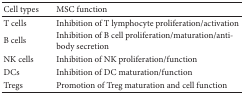
<table><thead><tr><td><b>Cell types</b></td><td><b>MSC function</b></td></tr></thead><tbody><tr><td>T cells</td><td>Inhibition of T lymphocyte proliferation/activation</td></tr><tr><td>B cells</td><td>Inhibition of B cell proliferation/maturation/antibody secretion</td></tr><tr><td>NK cells</td><td>Inhibition of NK proliferation/function</td></tr><tr><td>DCs</td><td>Inhibition of DC maturation/function</td></tr><tr><td>Tregs</td><td>Promotion of Treg maturation and cell function</td></tr></tbody></table>